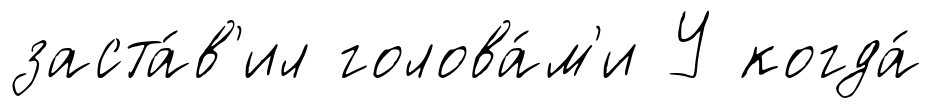
заста́в'ил голова́м'и У когда́